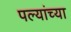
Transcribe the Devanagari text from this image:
पल्यांच्या